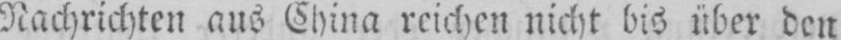
Nachrichten aus China reichen nicht bis über den